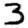
Digit: 3